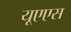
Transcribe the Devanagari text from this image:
यूएएस